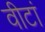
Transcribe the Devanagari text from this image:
वीटां